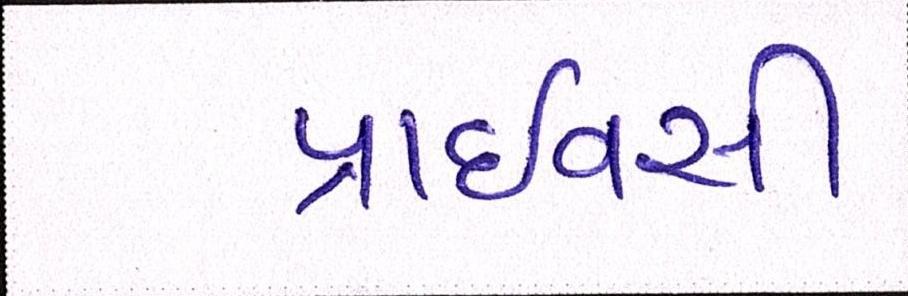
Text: પ્રાઈવસી